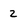
Character: 2